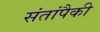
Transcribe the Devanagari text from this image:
संतांपैकी